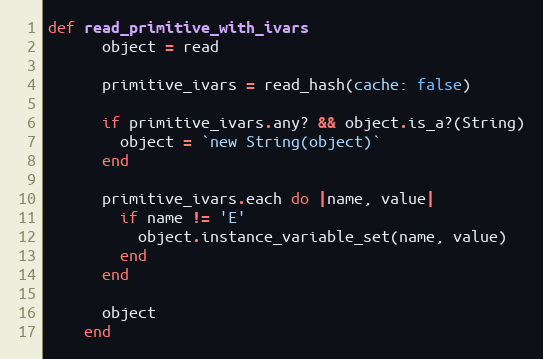
Language: Ruby
def read_primitive_with_ivars
      object = read

      primitive_ivars = read_hash(cache: false)

      if primitive_ivars.any? && object.is_a?(String)
        object = `new String(object)`
      end

      primitive_ivars.each do |name, value|
        if name != 'E'
          object.instance_variable_set(name, value)
        end
      end

      object
    end